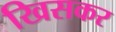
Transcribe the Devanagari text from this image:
खिसकर